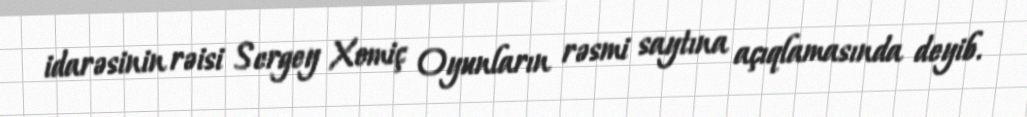
idarəsinin rəisi Sergey Xomiç Oyunların rəsmi saytına açıqlamasında deyib.